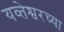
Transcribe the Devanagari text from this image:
यव्तेश्वरच्या